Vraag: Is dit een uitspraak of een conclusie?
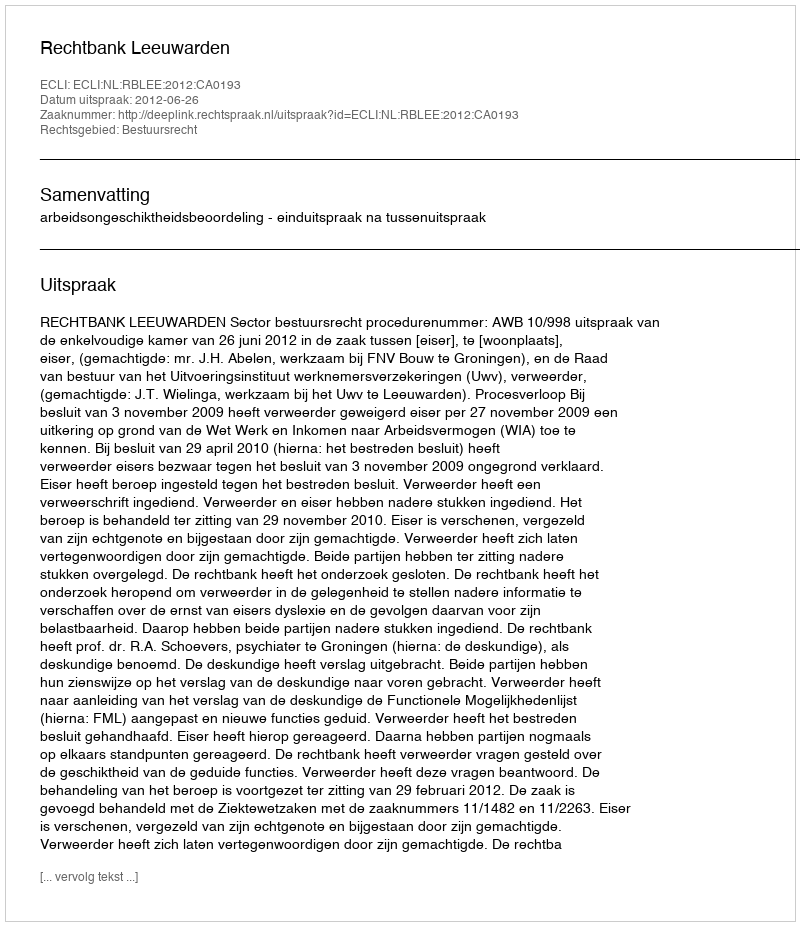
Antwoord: Uitspraak